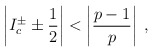
\begin{align*}\left| I^{\pm }_{c}\pm \displaystyle\frac{1}{2}\right| <\left| \displaystyle\frac{p-1}{p}\right| \: ,\end{align*}